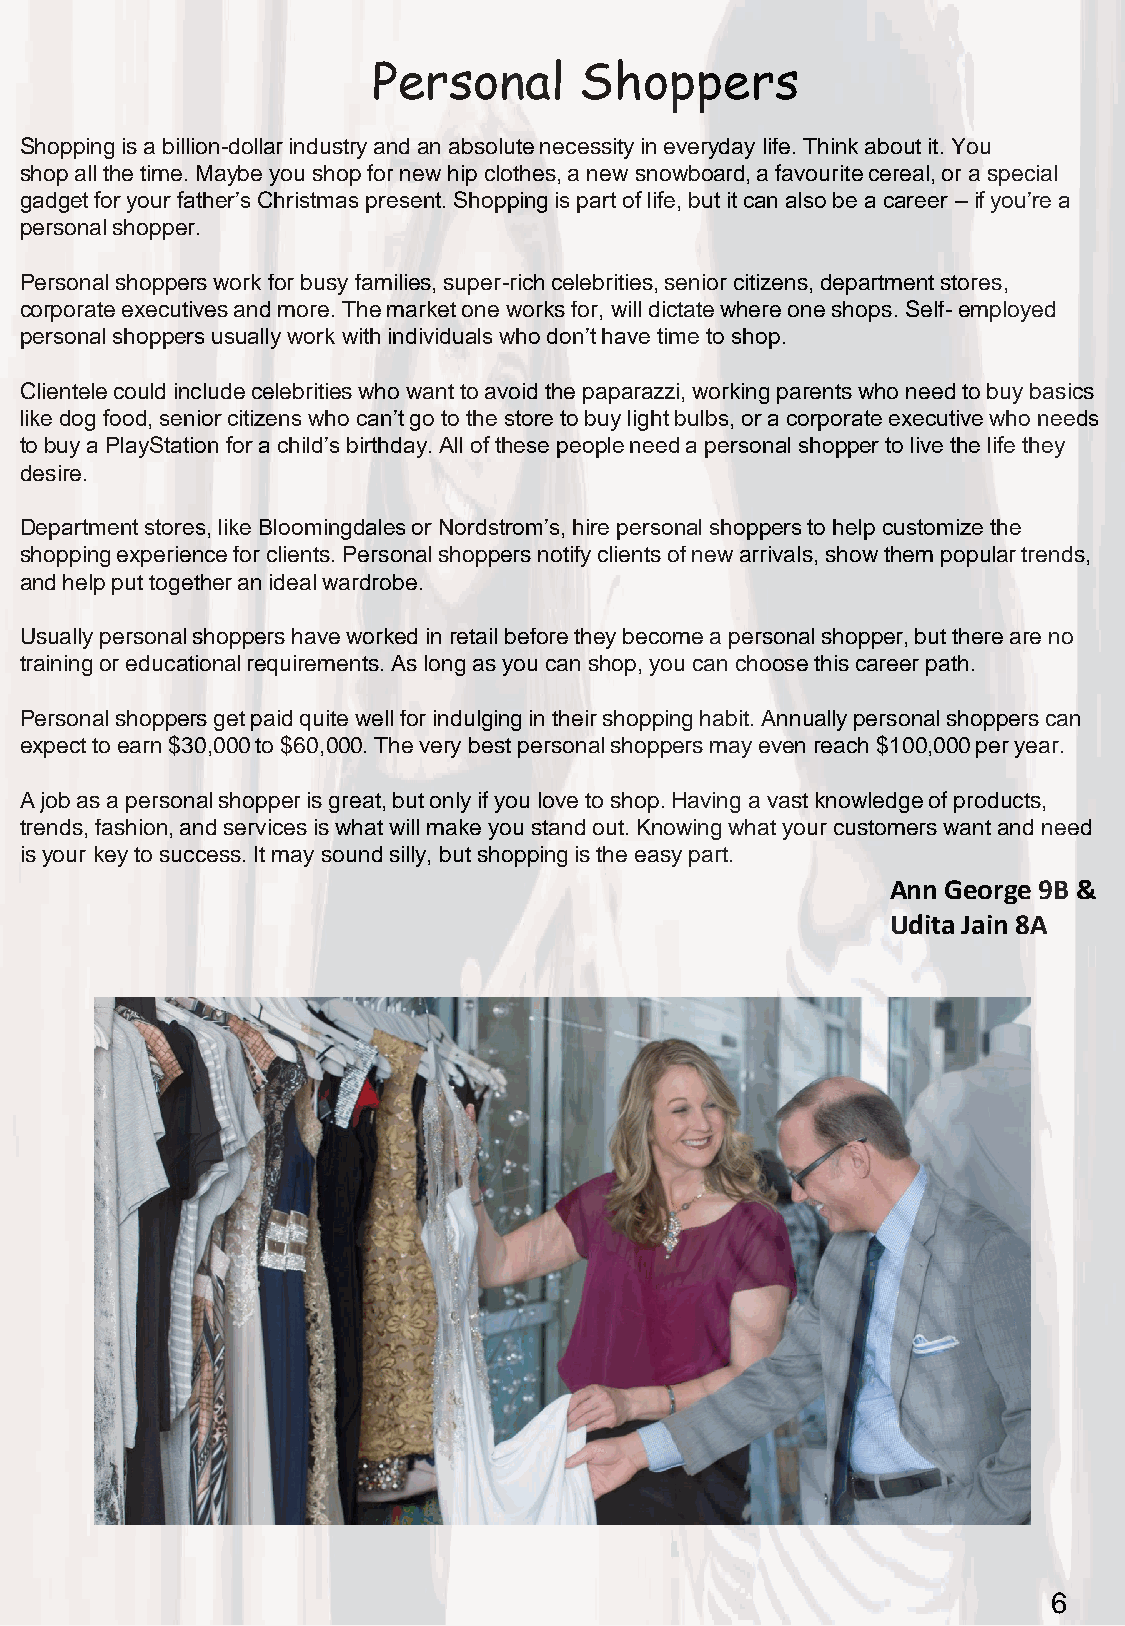
Personal     Shoppers
 Shopping is a billion-dollar industry and an absolute necessity in everyday life. Think about it. You
 shop all the time. Maybe you shop for new hip clothes, a new snowboard, a favourite cereal, or a special
 gadget for your father’s Christmas present. Shopping is part of life, but it can also be a career –if you’re a
 personal shopper.
 Personal shoppers work for busy families, super-rich celebrities, senior citizens, department stores,
 corporate executives and more. The market one works for, will dictate where one shops. Self-employed
 personal shoppers usually work with individuals who don’t have time to shop.
 Clientele could include celebrities who want to avoid the paparazzi, working parents who need to buy basics
 like dog food, senior citizens who can’t go to the store to buy light bulbs, or a corporate executive who needs
 to buy a PlayStation for a child’s birthday. All of these people need a personal shopper to live the life they
 desire.
 Department stores, like Bloomingdales or Nordstrom’s, hire personal shoppers to help customize the
 shopping experience for clients. Personal shoppers notify clients of new arrivals, show them popular trends,
 and help put together an ideal wardrobe.
 Usually personal shoppers have worked in retail before they become a personal shopper, but there are no
 training or educational requirements. As long as you can shop, you can choose this career path.
 Personal shoppers get paid quite well for indulging in their shopping habit. Annually personal shoppers can
 expect to earn $30,000 to $60,000. The very best personal shoppers may even reach $100,000 per year.
 A job as a personal shopper is great, but only if you love to shop. Having a vast knowledge of products,
 trends, fashion, and services is what will make you stand out. Knowing what your customers want and need
 is your key to success. It may sound silly, but shopping is the easy part.
 Ann George 9B &
 Udita Jain 8A
 6